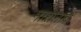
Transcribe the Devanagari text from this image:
मारानाव